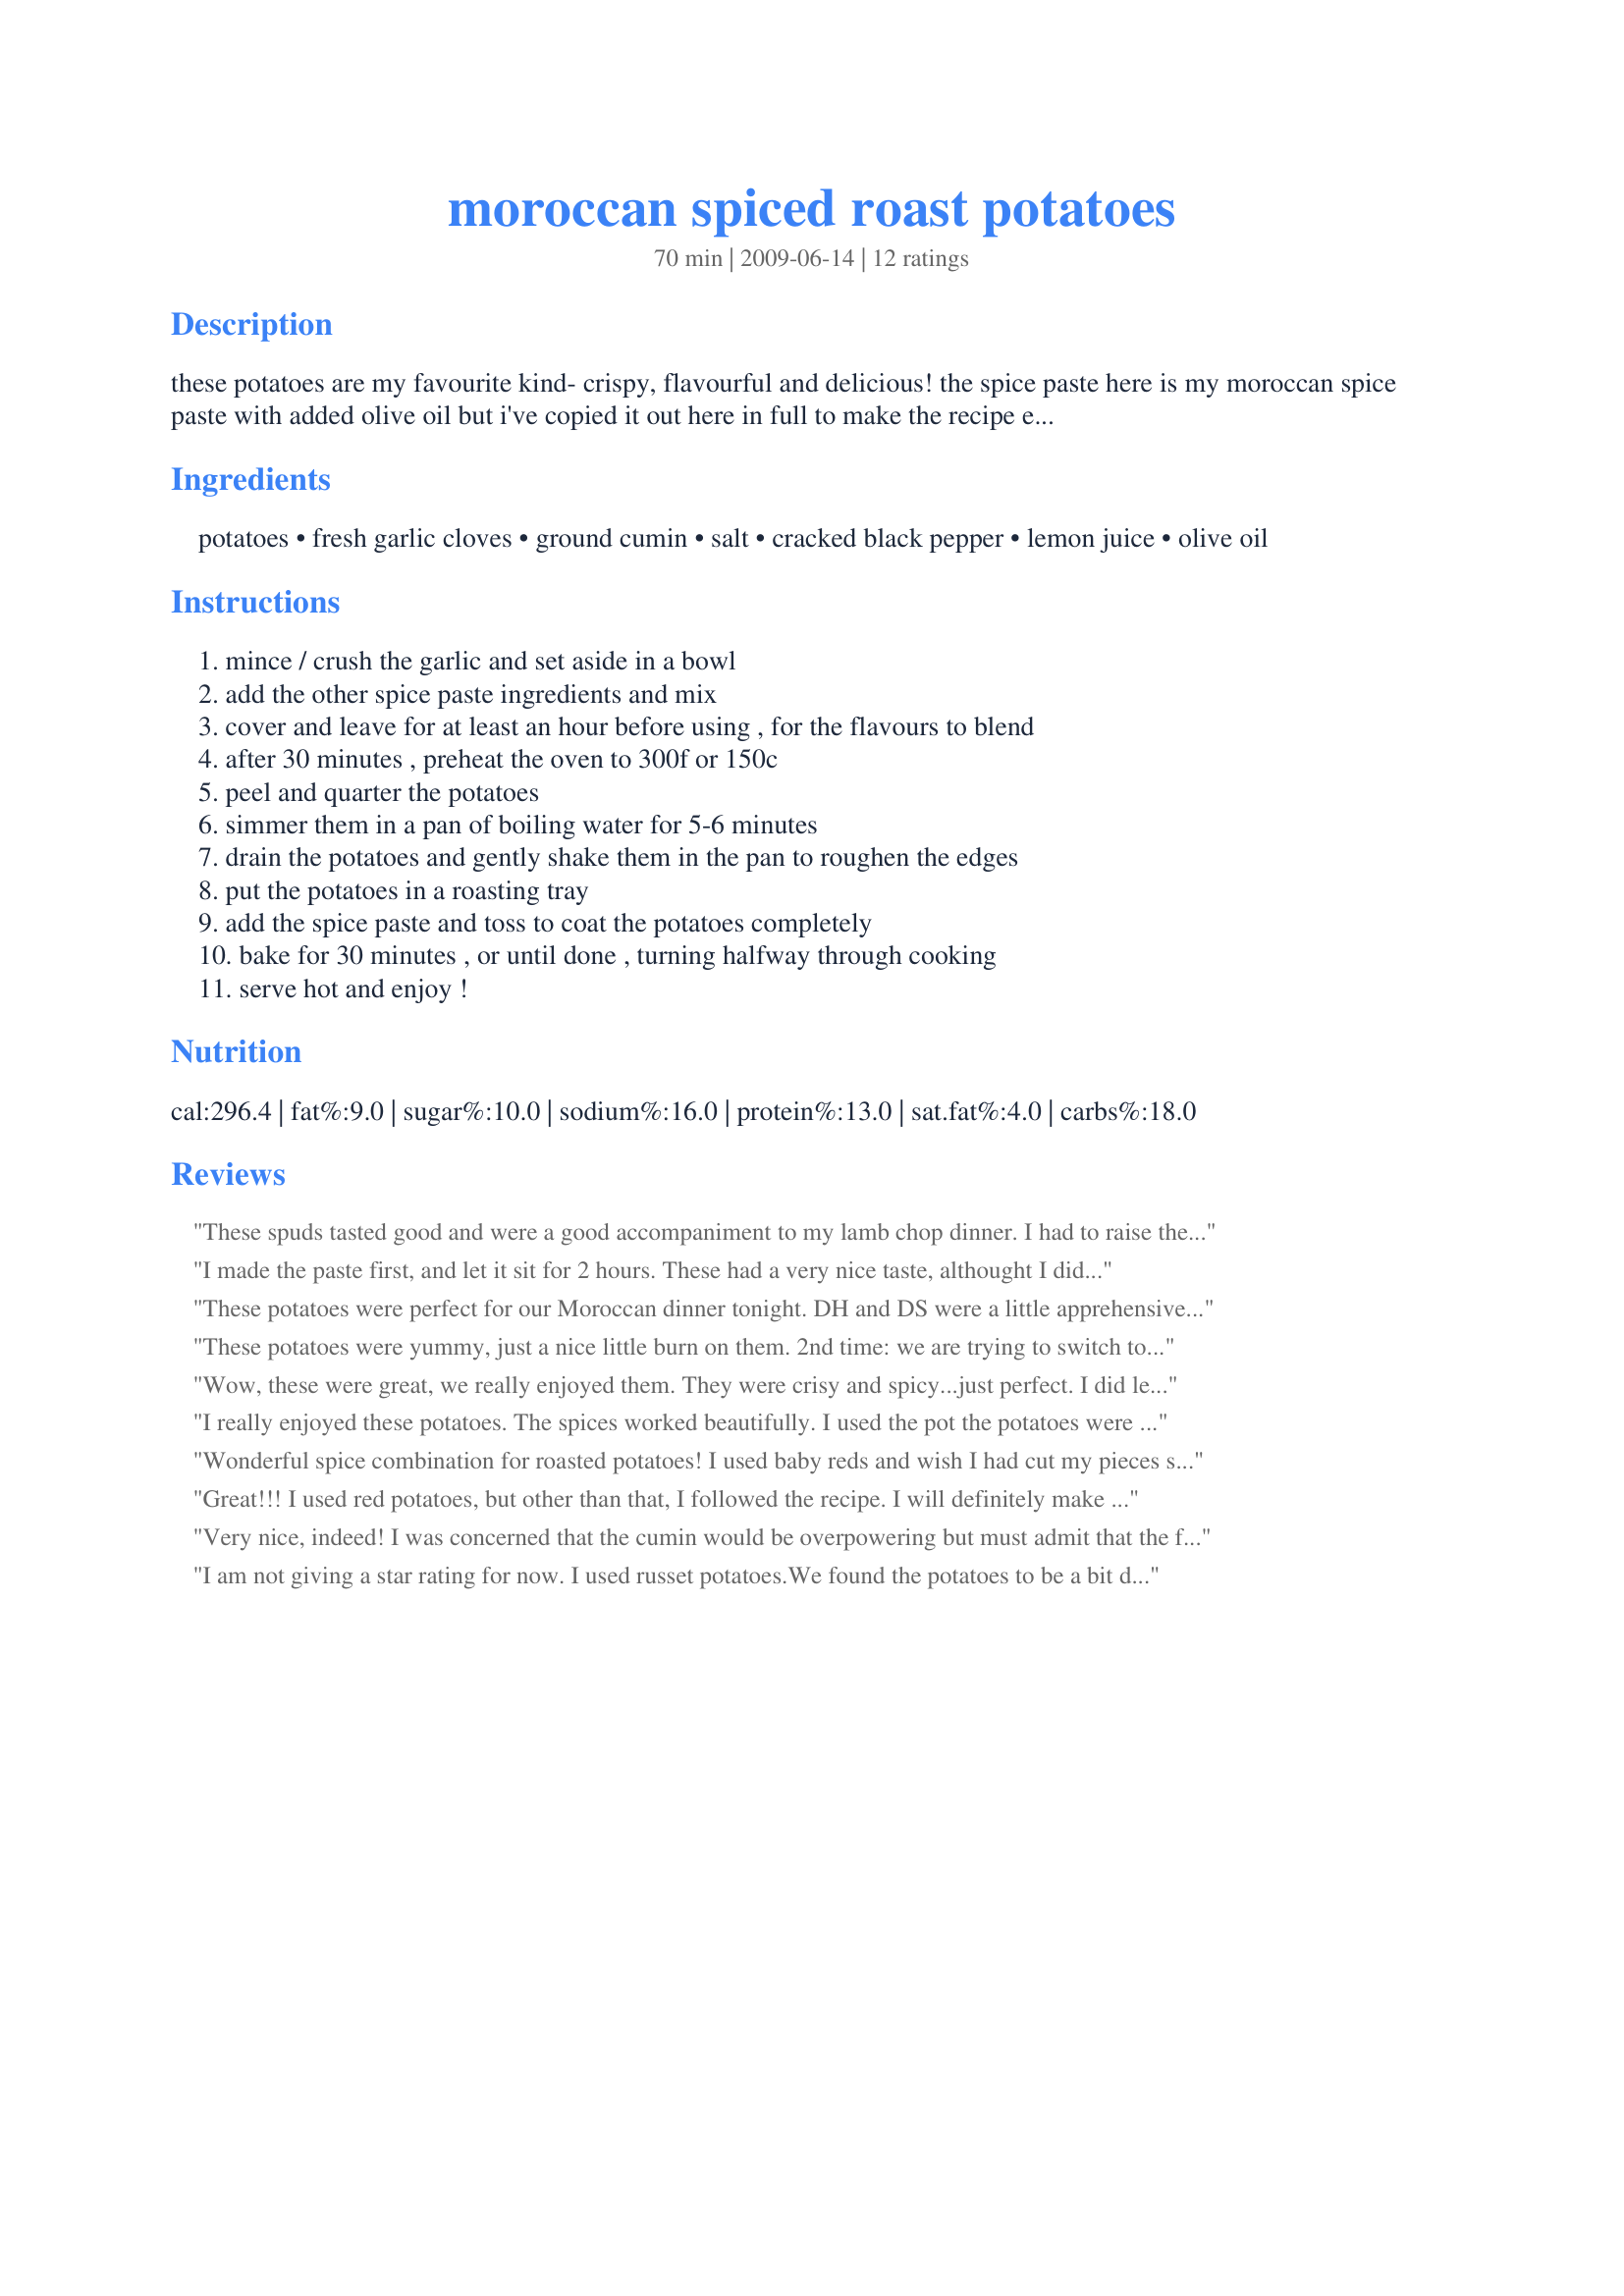
moroccan spiced roast potatoes
Preparation time: 70 minutes

these potatoes are my favourite kind- crispy, flavourful and delicious! the spice paste here is my moroccan spice paste with added olive oil but i've copied it out here in full to make the recipe easier to use. cooking time includes time for the spices to blend. thanks to a review, here is a suggestion if using a convection oven- cook for 40 minutes total, the first 15 mins at 350f and thereafter turn it up to 400f.

Ingredients:
potatoes, fresh garlic cloves, ground cumin, salt, cracked black pepper, lemon juice, olive oil

Steps:
mince / crush the garlic and set aside in a bowl, add the other spice paste ingredients and mix, cover and leave for at least an hour before using , for the flavours to blend, after 30 minutes , preheat the oven to 300f or 150c, peel and quarter the potatoes, simmer them in a pan of boiling water for 5-6 minutes, drain the potatoes and gently shake them in the pan to roughen the edges, put the potatoes in a roasting tray, add the spice paste and toss to coat the potatoes completely, bake for 30 minutes , or until done , turning halfway through cooking, serve hot and enjoy !

Reviews:
These spuds tasted good and were a good accompaniment to my lamb chop dinner. I had to raise the oven temp to 350-degree F {plus my oven runs +25-degrees hot} and roast for a solid hour to get them to crisp. Also, they were not as full-flavored as I was expecting. I think next time I'd like to cut the potatoes into smaller pieces and use only 1 to 1/2 lbs for this spice mixture in a hotter oven. Great flavor! Thanks! [Made & Reviewed for Everyday is a Holiday Tag]
I made the paste first, and let it sit for 2 hours. These had a very nice taste, althought I did need to add some salt. Served these with chicken thighs with a mango chutney sauce, and they worked really well together. Thanks for sharing your recipe!
These potatoes were perfect for our Moroccan dinner tonight. DH and DS were a little apprehensive, but they enjoyed everything Made for Queens of Quisine ZWT 6
These potatoes were yummy, just a nice little burn on them.

2nd time: we are trying to switch to sweet potatoes, and this also worked well on those.
Wow, these were great, we really enjoyed them. They were crisy and spicy...just perfect. I did leave them in the oven alot longer than it called for, as I was outside working in the yard. It didn't hurt them, one little bit. I can't wait to make these again. Thanks for sharing.
I really enjoyed these potatoes. The spices worked beautifully. I used the pot the potatoes were boiled in to coat with the spice paste before placing in roasting pan. I baked them for about 45 minutes at 350. Made for 123 Hits Tag.
Wonderful spice combination for roasted potatoes! I used baby reds and wish I had cut my pieces smaller to get more of those lovely spicy edges. Thanks Shuzbud for posting a keeper. Made for Made for PRMR.
Great!!! I used red potatoes, but other than that, I followed the recipe. I will definitely make again. Made for ZWT 6 and the Looney Spoon Phoodies.
Very nice, indeed! I was concerned that the cumin would be overpowering but must admit that the flavours were just right, in fact the potatoes were nice and garlicky! The serving size is generous. I ended up cooking in convection oven for 40 min; first 15 min at 350F and thereafter I turned it up to 400F. Made for PRMR - thanks for sharing!
I am not giving a star rating for now.
I used russet potatoes.We found the potatoes to be a bit dry so it might of been my taters.
I think my cumin must need replaced even though it is fairly new. We could not detect it at all. : ( .
I found the garlic was starting to burn the last 10 minutes or so of cooking and I had my potatoes in smallish chunks.
I will retry this recipe once I replace my cumin or will add more .
Made for Everyday is a Holiday Tag
This recipee is delicious and easy to make. I made it for a family gathering and everyone loved them.
These were really good! I used about 3/4 tsp cumin and only had about 3 tsp of lemon juice, but they still turned out fabulous! Will make again, it is an easy side to throw in the oven and cook while working on everything else! Made for ZWT6 NA*ME.
